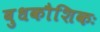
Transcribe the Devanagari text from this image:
बुधकौशिकः